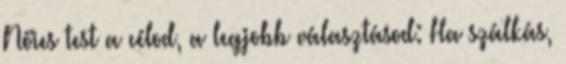
Nőies test a célod, a legjobb választásod: Ha szálkás,